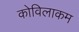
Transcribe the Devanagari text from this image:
कोविलाकम